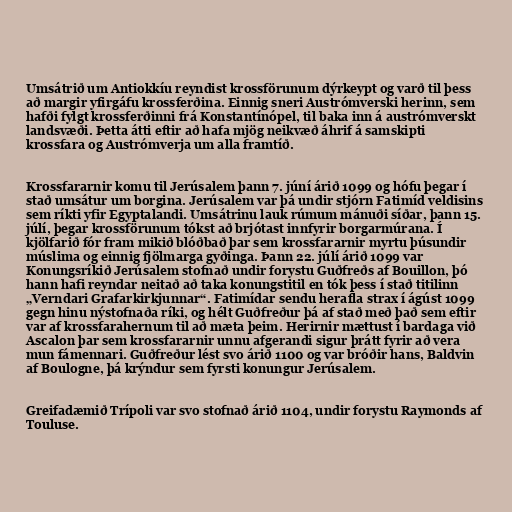
Umsátrið um Antiokkíu reyndist krossförunum dýrkeypt og varð til þess
að margir yfirgáfu krossferðina. Einnig sneri Austrómverski herinn, sem
hafði fylgt krossferðinni frá Konstantínópel, til baka inn á austrómverskt
landsvæði. Þetta átti eftir að hafa mjög neikvæð áhrif á samskipti
krossfara og Austrómverja um alla framtíð.

Krossfararnir komu til Jerúsalem þann 7. júní árið 1099 og hófu þegar í
stað umsátur um borgina. Jerúsalem var þá undir stjórn Fatimíd veldisins
sem ríkti yfir Egyptalandi. Umsátrinu lauk rúmum mánuði síðar, þann 15.
júlí, þegar krossförunum tókst að brjótast innfyrir borgarmúrana. Í
kjölfarið fór fram mikið blóðbað þar sem krossfararnir myrtu þúsundir
múslima og einnig fjölmarga gyðinga. Þann 22. júlí árið 1099 var
Konungsríkið Jerúsalem stofnað undir forystu Guðfreðs af Bouillon, þó
hann hafi reyndar neitað að taka konungstitil en tók þess í stað titilinn
„Verndari Grafarkirkjunnar“. Fatimídar sendu herafla strax í ágúst 1099
gegn hinu nýstofnaða ríki, og hélt Guðfreður þá af stað með það sem eftir
var af krossfarahernum til að mæta þeim. Herirnir mættust í bardaga við
Ascalon þar sem krossfararnir unnu afgerandi sigur þrátt fyrir að vera
mun fámennari. Guðfreður lést svo árið 1100 og var bróðir hans, Baldvin
af Boulogne, þá krýndur sem fyrsti konungur Jerúsalem.

Greifadæmið Trípoli var svo stofnað árið 1104, undir forystu Raymonds af
Touluse.